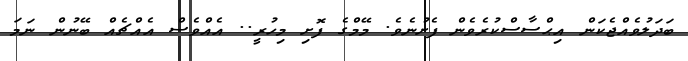
ބަދަލުވެއްޖެކަން އިޙްސާސްކުރެވެން ފެށުނެވެ. މޭމްގެ ފޮށި މިހުރީ.. އެއްވެސް އެއްޗެއް ބޭނުން ނަމަ